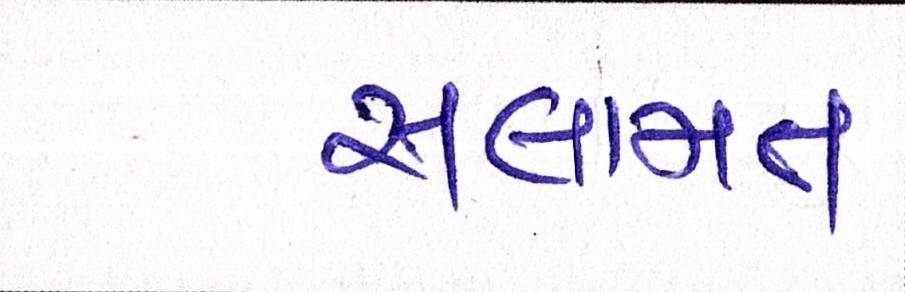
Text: સલામત